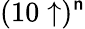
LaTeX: (10\uparrow)^{\mathsf{n}}